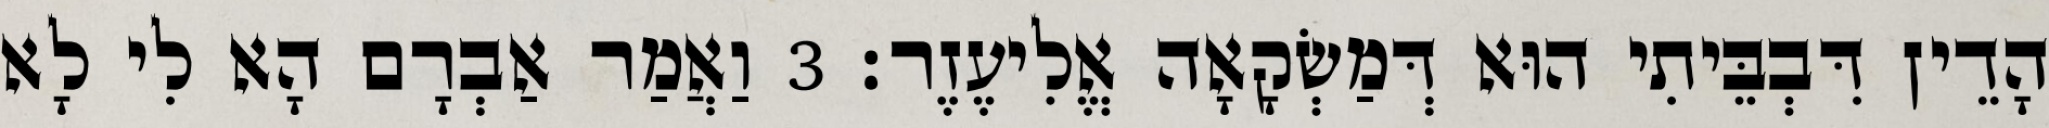
הָדֵין דִּבְבֵּיתִי הוּא דְּמַשְׂקָאָה אֱלִיעֶזֶר׃ 3 וַאֲמַר אַבְרָם הָא לִי לָא